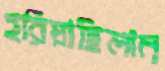
হরিয়াছিলাম